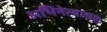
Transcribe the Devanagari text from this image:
अभिनेत्यासह